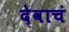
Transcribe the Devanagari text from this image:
देवाचं